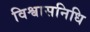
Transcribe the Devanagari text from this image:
विश्वासनिधि